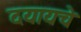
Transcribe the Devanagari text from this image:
दयायचे